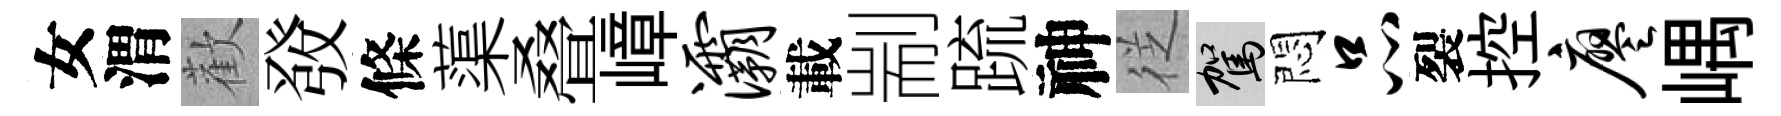
女渭歡𤼲條蕖叠嶂灞載剬䟽神徔駕悶品裂控廖嵎